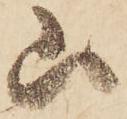
山